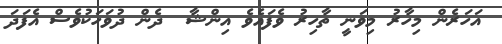
އަހަރެން މިހާރު މިވަނީ ތާހިރު ވެފައެވެ އިންޝާ  ދެން ދުވަހަކުވެސް އެފަދަ